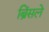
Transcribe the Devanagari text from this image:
ब्रिंसले